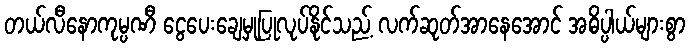
တယ်လီနောကုမ္ပဏီ ငွေပေးချေမှုပြုလုပ်နိုင်သည့် လက်ဆုတ်အာနေအောင် အဓိပ္ပါယ်များစွာ